Indian journal of veterinary science and animal husbandry - Volume 3,
Year: 1933
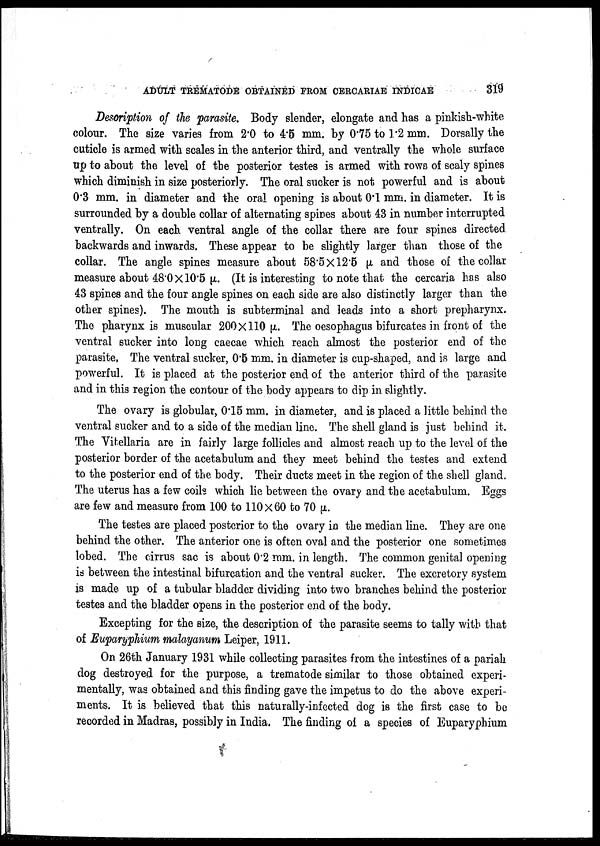
ADULT TREMATODE OBTAINED FROM CERCARIAE INDICAE
319
Description of the parasite. Body slender, elongate and has a pinkish-white
colour. The size varies from 2.0 to 4.5 mm. by 0.75 to 1.2 mm. Dorsally the
cuticle is armed with scales in the anterior third, and ventrally the whole surface
up to about the level of the posterior testes is armed with rows of scaly spines
which diminish in size posteriorly. The oral sucker is not powerful and is about
0.3 mm. in diameter and the oral opening is about 0.1 mm. in diameter. It is
surrounded by a double collar of alternating spines about 43 in number interrupted
ventrally. On each ventral angle of the collar there are four spines directed
backwards and inwards. These appear to be slightly larger than those of the
collar. The angle spines measure about 58.5 × 12.5 μ and those of the collar
measure about 48.0 × 10.5 μ. (It is interesting to note that the cercaria has also
43 spines and the four angle spines on each side are also distinctly larger than the
other spines). The mouth is subterminal and leads into a short prepharynx.
The pharynx is muscular 200 × 110 μ. The oesophagus bifurcates in front of the
ventral sucker into long caecae which reach almost the posterior end of the
parasite, The ventral sucker, 0.5 mm. in diameter is cup-shaped, and is large and
powerful. It is placed at the posterior end of the anterior third of the parasite
and in this region the contour of the body appears to dip in slightly.
The ovary is globular, 0.15 mm. in diameter, and is placed a little behind the
ventral sucker and to a side of the median line. The shell gland is just behind it.
The Vitellaria are in fairly large follicles and almost reach up to the level of the
posterior border of the acetabulum and they meet behind the testes and extend
to the posterior end of the body. Their ducts meet in the region of the shell gland.
The uterus has a few coils which lie between the ovary and the acetabulum. Eggs
are few and measure from 100 to 100 × 60 to 70 μ.
The testes are placed posterior to the ovary in the median line. They are one
behind the other. The anterior one is often oval and the posterior one sometimes
lobed. The cirrus sac is about 0.2 mm. in length. The common genital opening
is between the intestinal bifurcation and the ventral sucker. The excretory system
is made up of a tubular bladder dividing into two branches behind the posterior
testes and the bladder opens in the posterior end of the body.
Excepting for the size, the description of the parasite seems to tally with that
of Euparyphium malayanum Leiper, 1911.
On 26th January 1931 while collecting parasites from the intestines of a pariah
dog destroyed for the purpose, a trematode similar to those obtained experi
mentally, was obtained and this finding gave the impetus to do the above experi
ments. It is believed that this naturally-infected dog is the first case to be
recorded in Madras, possibly in India. The finding of a species of Euparyphium